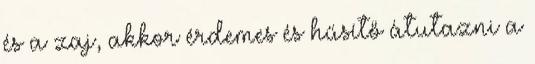
és a zaj, akkor érdemes és hűsítő átutazni a